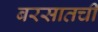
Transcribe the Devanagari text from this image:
बरसातची